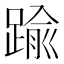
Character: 踰